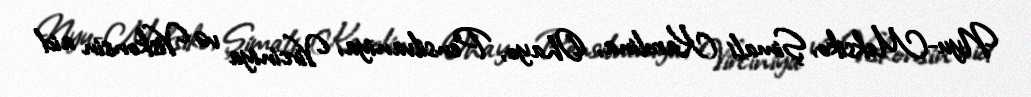
Nyu-Meksiko, Şimali Karolina, Ohayo, Pensilvaniya, Virciniya və Viskonsin aid